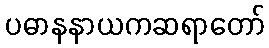
ပဓာနနာယကဆရာတော်